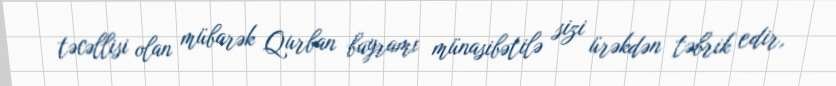
təcəllisi olan mübarək Qurban bayramı münasibətilə sizi ürəkdən təbrik edir,